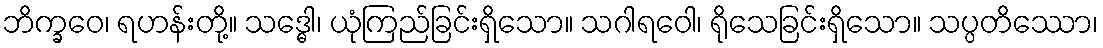
ဘိက္ခဝေ၊ ရဟန်းတို့။ သဒ္ဓေါ၊ ယုံကြည်ခြင်းရှိသော။ သဂါရဝေါ၊ ရိုသေခြင်းရှိသော။ သပ္ပတိဿော၊